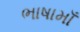
ભાષામાઁ